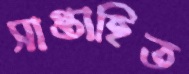
সাপ্তাহিত